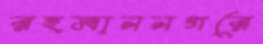
রহমাননগরে